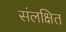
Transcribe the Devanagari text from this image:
संलक्षित